Physical education and physical well-being, 1936
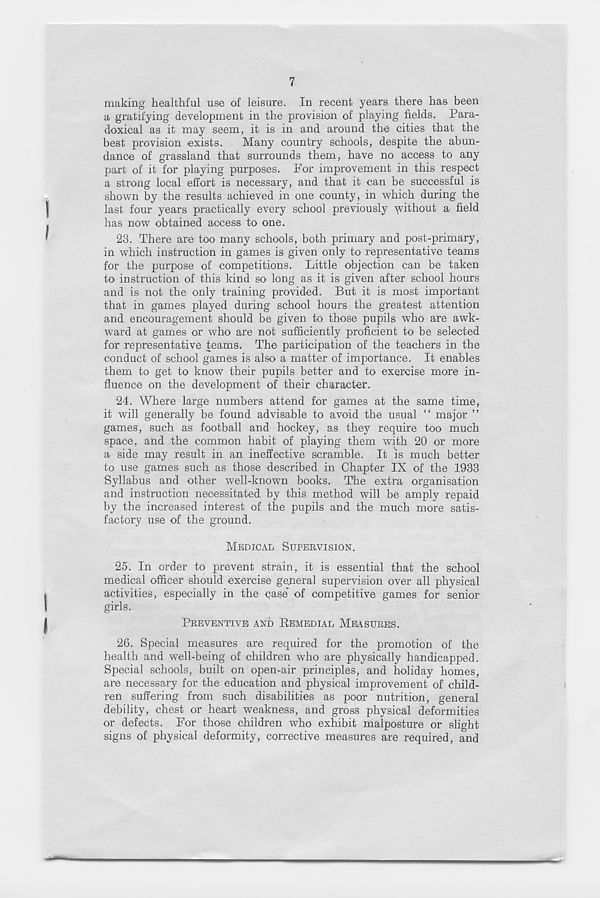
7
making healthful use of leisure. In recent years there has been
a gratifying development in the provision of playing fields. Para-
doxical as it may seem, it is in and around the cities that the
best provision exists.
Many country schools, despite the abun-
dance of grassland that surrounds them, have no access to any
part of it for playing purposes. For improvement in this respect
a strong local effort is necessary, and that it can be successful is
shown by the results achieved in one county, in which during the
last four years practically every school previously without a field
has now obtained access to one.
23. There are too many schools, both primary and post-primary,
in which instruction in games is given only to representative teams
for the purpose of competitions. Little objection can be taken
to instruction of this kind so long as it is given after school hours
and is not the only training provided. But it is most important
that in games played during school hours the greatest attention
and encouragement should be given to those pupils who are awk-
ward at games or who are not sufficiently proficient to be selected
for representative teams. The participation of the teachers in the
conduct of school games is also a matter of importance. It enables
them to get to know their pupils better and to exercise more in-
fluence on the development of their character.
24. Where large numbers attend for games at the same time,
it will generally be found advisable to avoid the usual “ major ”
games, such as football and hockey, as they require too much
space, and the common habit of playing them with 20 or more
a side may result in an ineffective scramble. It is much better
to use games such as those described in Chapter IX of the 1933
Syllabus and other well-known books. The extra organisation
and instruction necessitated by this method will be amply repaid
by the increased interest of the pupils and the much more satis-
factory use of the ground.
MEDICAL SUPERVISION.
25. In order to prevent strain, it is essential that the school
medical officer should exercise general supervision over all physical
activities, especially in the case* of competitive games for senior
girls.
PREVENTIVE AND REMEDIAL MEASURES.
26. Special measures are required for the promotion of the
health and well-being of children who are physically handicapped.
Special schools, built on open-air principles, and holiday homes,
are necessary for the education and physical improvement of child-
ren suffering from such disabilities as poor nutrition, general
debility, chest or heart weakness, and gross physical deformities
or defects. For those children who exhibit malposture or slight
signs of physical deformity, corrective measures are required, and